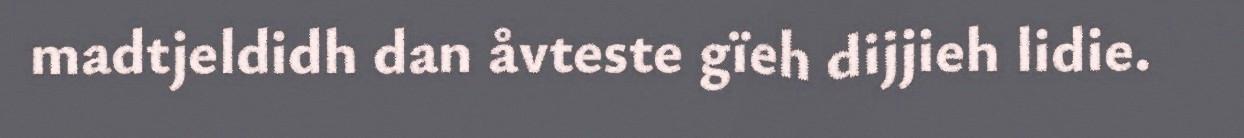
madtjeldidh dan åvteste gïeh dijjieh lidie.